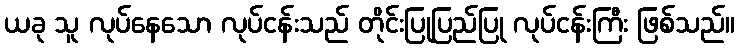
ယခု သူ လုပ်နေသော လုပ်ငန်းသည် တိုင်းပြုပြည်ပြု လုပ်ငန်းကြီး ဖြစ်သည်။